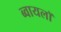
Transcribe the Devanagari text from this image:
ब्वायलॉ